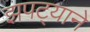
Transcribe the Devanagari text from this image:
झपट्याने